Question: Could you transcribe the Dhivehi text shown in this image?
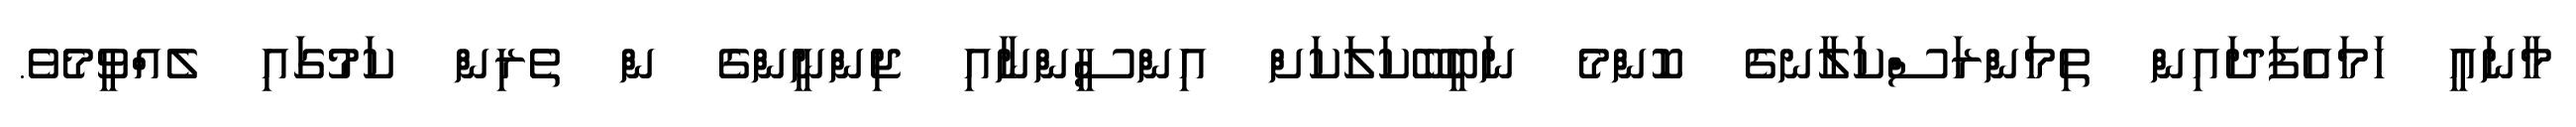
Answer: މާނައީ ހަމައެފަދައިން ތިމަންރަސްކަލާނގެ ކޮންމެ ނަބީބޭކަލަކަށް އިންސީންނާއި ޖިންނީންގެ ން ތެރިން ކަމުގައި ލެއްވީމެވެ.